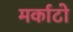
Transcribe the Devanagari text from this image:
मर्काटो